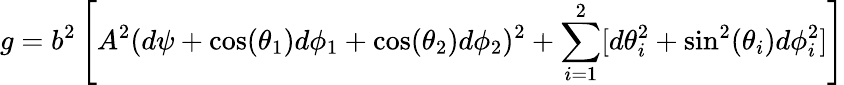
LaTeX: g=b^{2}\left[A^{2}(d\psi+\cos(\theta_{1})d\phi_{1}+\cos(\theta_{2})d\phi_{2})^{2}+\sum_{i=1}^{2}[d\theta_{i}^{2}+\sin^{2}(\theta_{i})d\phi_{i}^{2}]\right]